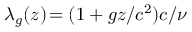
\lambda _ { g } ( z ) \! = ( 1 + g z / c ^ { 2 } ) c / \nu